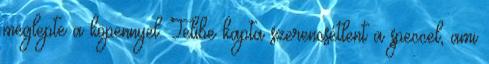
meglepte a köpennyel. Telibe kapta szerencsétlent a speccel, ami